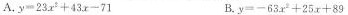
A.$$y = 2 3 x ^ { 2 } + 4 3 x - 7 1$$ B. $$y = - 6 3 x ^ { 2 } + 2 5 x + 8 9$$